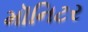
મૉનિટર